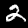
Digit: 2